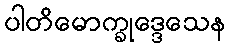
ပါတိမောက္ခုဒ္ဒေသေန